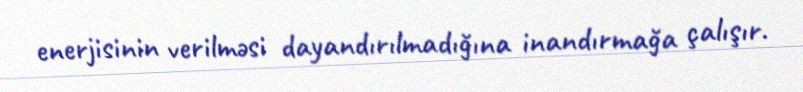
enerjisinin verilməsi dayandırılmadığına inandırmağa çalışır.